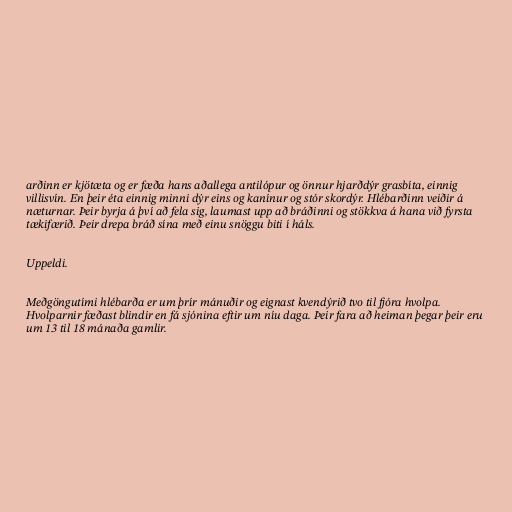
arðinn er kjötæta og er fæða hans aðallega antilópur og önnur hjarðdýr grasbíta, einnig
villisvín. En þeir éta einnig minni dýr eins og kanínur og stór skordýr. Hlébarðinn veiðir á
næturnar. Þeir byrja á því að fela sig, laumast upp að bráðinni og stökkva á hana við fyrsta
tækifærið. Þeir drepa bráð sína með einu snöggu biti í háls.

Uppeldi.

Meðgöngutími hlébarða er um þrír mánuðir og eignast kvendýrið tvo til fjóra hvolpa.
Hvolparnir fæðast blindir en fá sjónina eftir um níu daga. Þeir fara að heiman þegar þeir eru
um 13 til 18 mánaða gamlir.